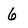
Character: 6